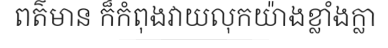
ពត៌មាន ក៏កំពុងវាយលុកយ៉ាងខ្លាំងក្លា